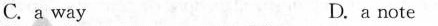
C.a way D.a note